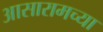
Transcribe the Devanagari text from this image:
आसारामच्या